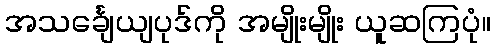
အသင်္ချေယျပုဒ်ကို အမျိုးမျိုး ယူဆကြပုံ။